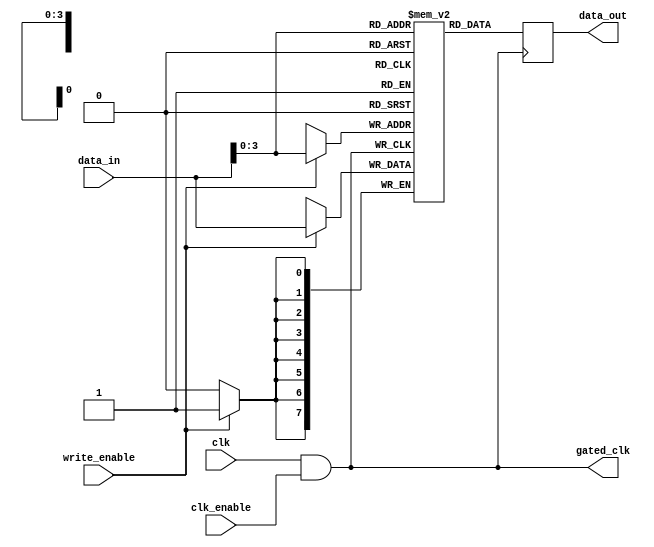
module clock_gated_memory (
    input wire clk,              // Primary Clock Signal
    input wire clk_enable,       // Clock Enable Signal
    input wire [7:0] data_in,    // Data input to the memory
    input wire write_enable,      // Write enable signal
    output reg [7:0] data_out,    // Data output from the memory
    output wire gated_clk         // Gated Clock Output
);

    // AND gate for clock gating
    assign gated_clk = clk & clk_enable;

    // Memory block (for example purposes, using a simple register array)
    reg [7:0] memory [0:15];     // 16 x 8-bit memory

    // Write and Read operations
    always @(posedge gated_clk) begin
        if (write_enable) begin
            // Write operation
            memory[data_in[3:0]] <= data_in; // Using lower 4 bits of data_in as address
        end
        // Read operation (example)
        data_out <= memory[data_in[3:0]]; // Using lower 4 bits of data_in as address
    end

endmodule